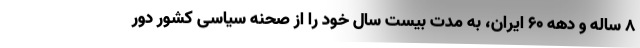
8 ساله و دهه 60 ایران، به مدت بیست سال خود را از صحنه سیاسی کشور دور